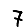
Digit: 7